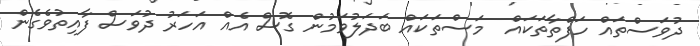
ދުވަސްތައް ހަފްތާތަކައް  މަސްތަކައް ބަދަލުވަމުން ގޮސް އެއް އަހަރު ދުވަސް ފާއިތުވެގެން